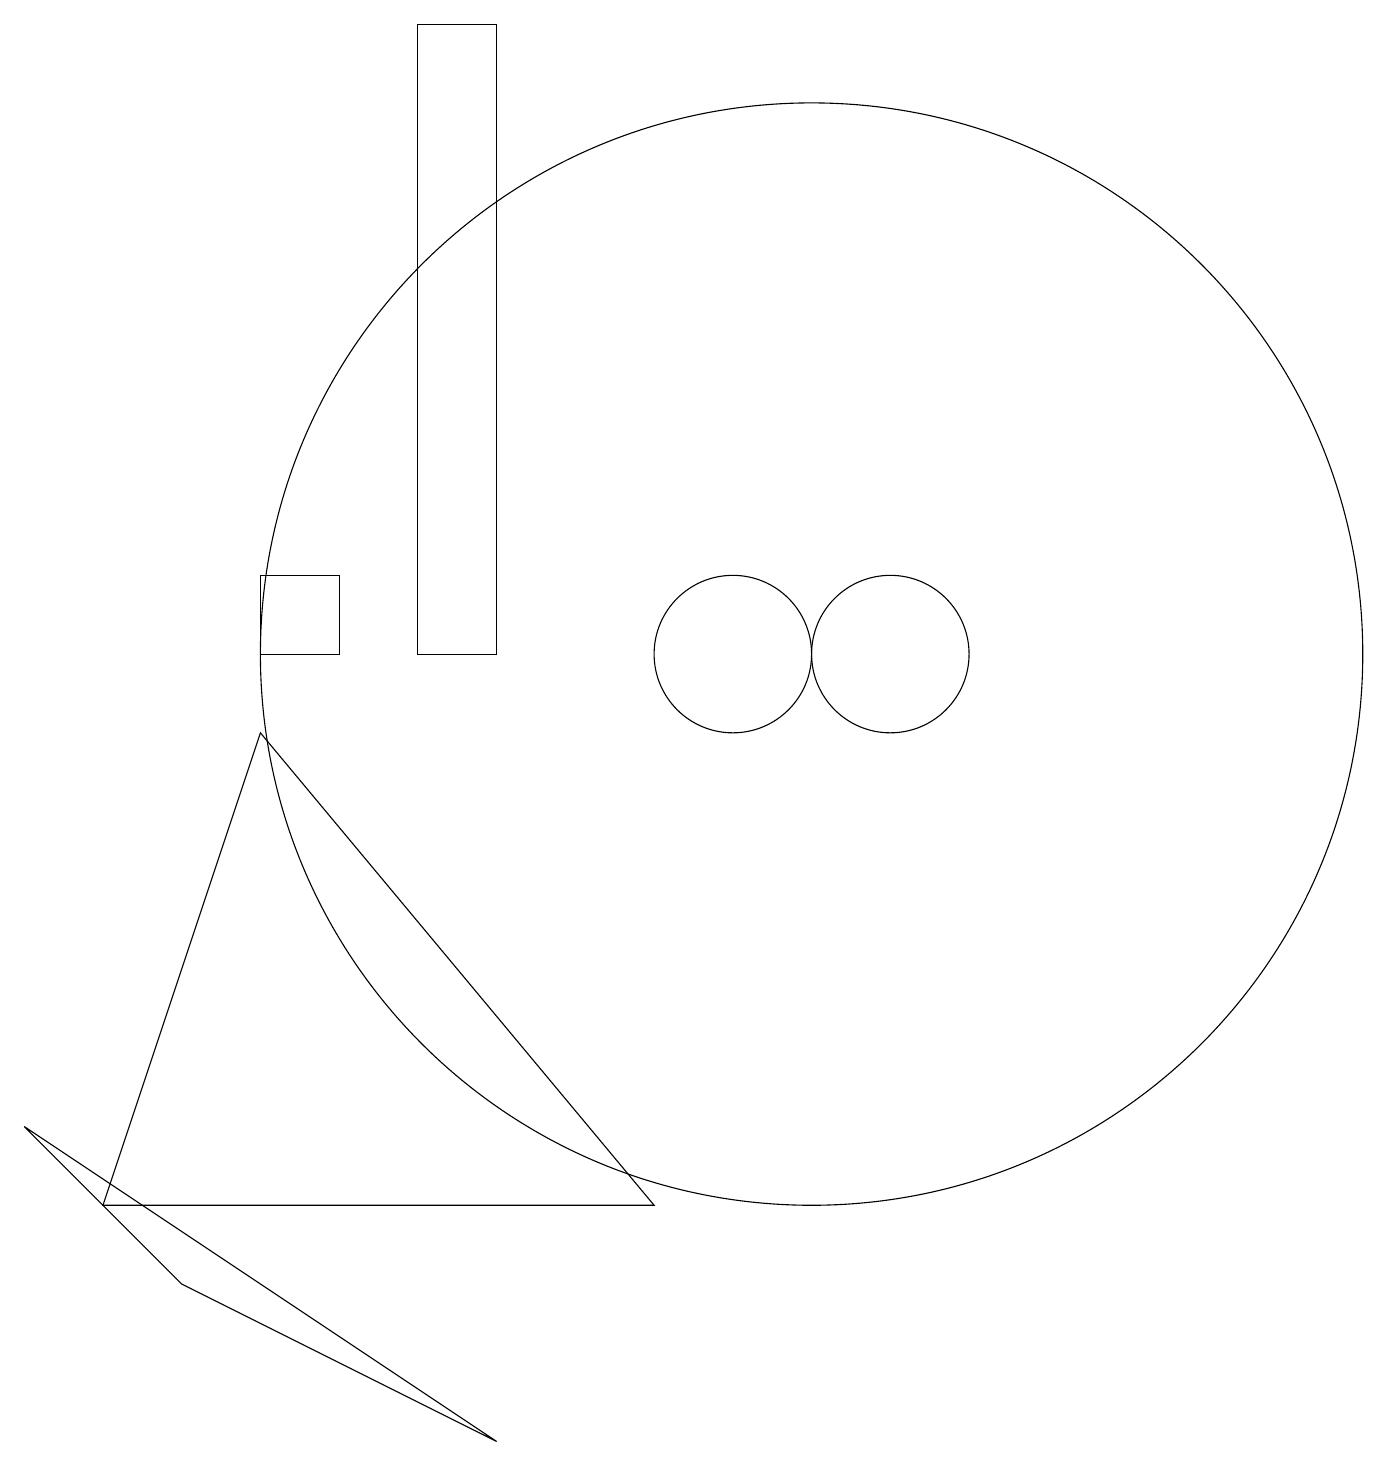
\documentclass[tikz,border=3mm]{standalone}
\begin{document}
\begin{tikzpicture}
\draw (4,10) rectangle (5,11);
\draw (1,4) -- (7,0) -- (3,2) -- cycle;
\draw (10,10) circle (1);
\draw (12,10) circle (1);
\draw (6,10) rectangle (7,18);
\draw (2,3) -- (4,9) -- (9,3) -- cycle;
\draw (10,11) circle (0);
\draw (11,10) circle (7);
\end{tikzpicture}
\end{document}